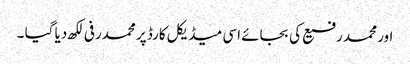
اور محمد رفیع کی بجائے اسی میڈیکل کارڈ پر محمدرفی لکھ دیا گیا ۔